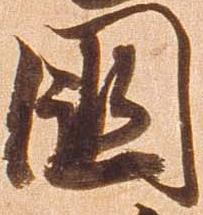
国